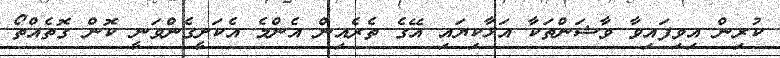
ކުރިން އިވިފައިވާ ވާޝަންތަކާ އަޅާކިޔައި އޭގެ ތެރެއިން އެންމެ އެކަށީގެންވަނީ ކޮން ގޮތެއްތޯ